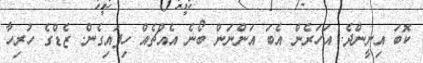
ކޮބަ އިށީންދެ. އަހަރެން އެބަ އަންނަން ބޯނެ އެއްޗެއް ހިފައިގެން. ޒެޑްގެ ހުރިހާ